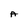
Character: A